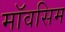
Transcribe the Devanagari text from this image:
मॉवसिम